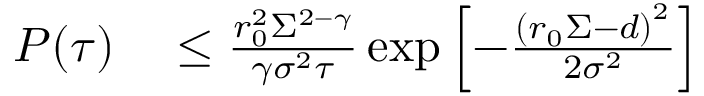
\begin{array} { r l } { P ( \tau ) } & { { } \leq \frac { r _ { 0 } ^ { 2 } \Sigma ^ { 2 - \gamma } } { \gamma \sigma ^ { 2 } \tau } \exp \left[ - \frac { \left( r _ { 0 } \Sigma - d \right) ^ { 2 } } { 2 \sigma ^ { 2 } } \right] } \end{array}